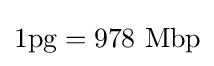
1{\text{pg}}=978{\text{ Mbp}}